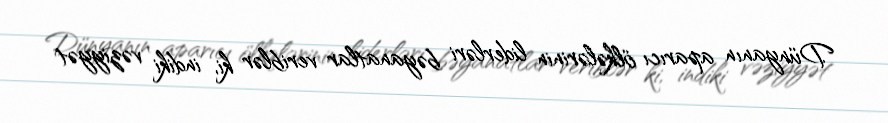
Dünyanın aparıcı ölkələrinin liderləri bəyanatlar veriblər ki, indiki vəziyyət